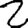
Digit: 2